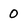
Character: 0